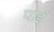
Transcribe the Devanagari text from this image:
पाईंं